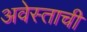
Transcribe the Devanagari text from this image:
अवेस्ताची